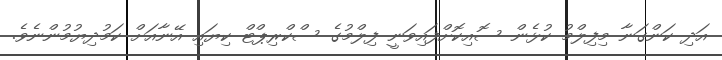
އަދި ކަންގަނާ މިފިލްމު ކުޅެން ސޮއިކޮށްފައިވަނީ ފިލްމުގެ ސްކްރިޕްޓް ކިޔައި އޭނާއަށް ކަމުދިޔުމުންނެވެ.